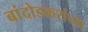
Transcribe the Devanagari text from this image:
बांदोडकरांच्या